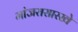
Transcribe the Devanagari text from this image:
मांजरासारखे